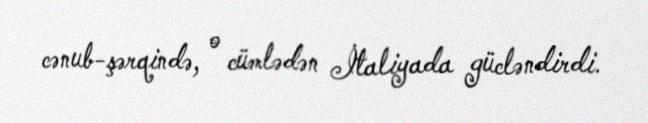
cənub-şərqində, o cümlədən İtaliyada gücləndirdi.